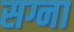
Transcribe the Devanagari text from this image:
सग्ना